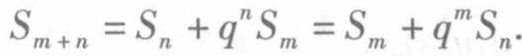
$S_{m + n}=S_{n}+q^{n}S_{m}=S_{m}+q^{m}S_{n}.$